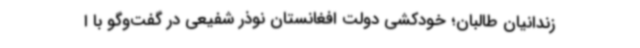
زندانیان طالبان؛ خودکشی دولت افغانستان نوذر شفیعی در گفت‌وگو با ا